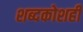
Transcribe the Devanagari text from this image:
शब्दकोशही